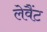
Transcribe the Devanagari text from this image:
लेवैंट